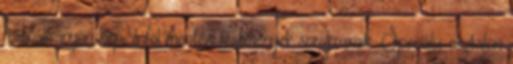
festőállványon kép, a fal mentén festmények sorakoznak. Speciális asztalon